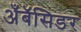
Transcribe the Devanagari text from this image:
अँबॅसिडर